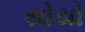
સોયો